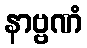
နာဗ္ဗဏံ